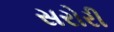
સરોરી